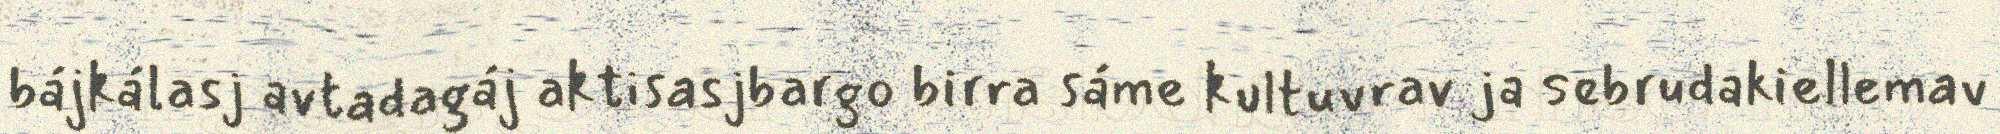
bájkálasj avtadagáj aktisasjbargo birra sáme kultuvrav ja sebrudakiellemav